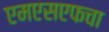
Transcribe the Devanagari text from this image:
एमएसएफचा